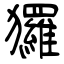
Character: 玀